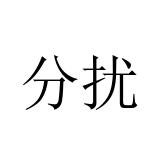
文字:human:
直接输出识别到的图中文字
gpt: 分扰